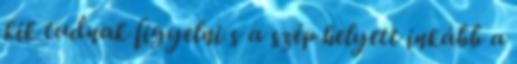
kik tudnak figyelni s a szép helyett inkább a